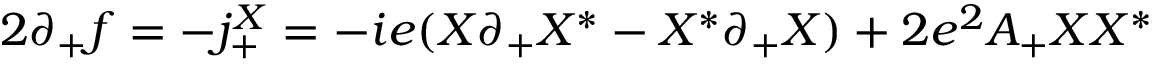
2 \partial _ { + } f = - j _ { + } ^ { X } = - i e ( X \partial _ { + } X ^ { * } - X ^ { * } \partial _ { + } X ) + 2 e ^ { 2 } A _ { + } X X ^ { * }